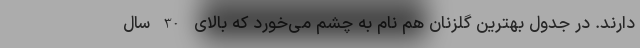
دارند. در جدول بهترین گلزنان هم نام به چشم می‌خورد که بالای 30 سال